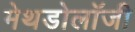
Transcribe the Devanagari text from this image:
मेथडोलॉजी